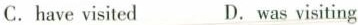
C.have visited D.was visiting